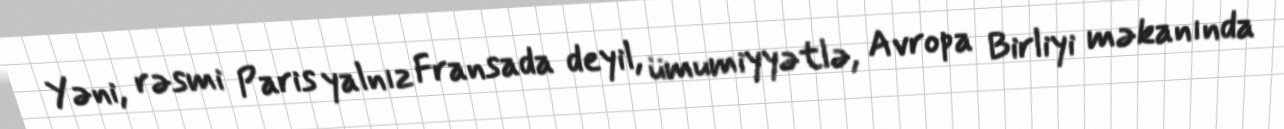
Yəni, rəsmi Paris yalnız Fransada deyil, ümumiyyətlə, Avropa Birliyi məkanında